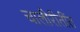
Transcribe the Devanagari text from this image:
चालीरीतींत